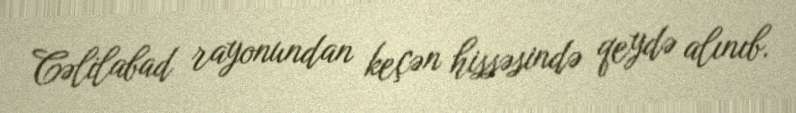
Cəlilabad rayonundan keçən hissəsində qeydə alınıb.